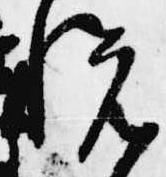
悦